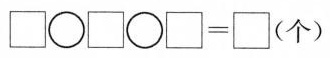
□○□○□＝□